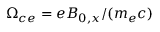
\Omega _ { c e } = e B _ { 0 , x } / ( m _ { e } c )